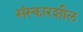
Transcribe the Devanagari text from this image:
संस्कारशील